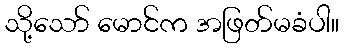
သို့သော် မောင်က အဖြတ်မခံပါ။